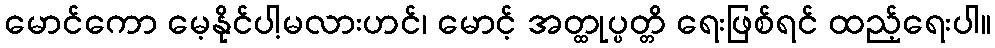
မောင်ကော မေ့နိုင်ပါ့မလားဟင်၊ မောင့် အတ္ထုပ္ပတ္တိ ရေးဖြစ်ရင် ထည့်ရေးပါ။